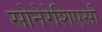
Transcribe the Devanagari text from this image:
सोनेरेशिएसी